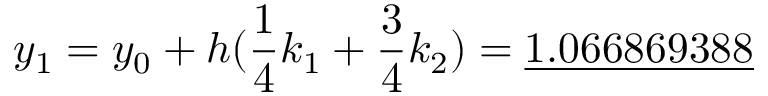
y _ { 1 } = y _ { 0 } + h ( { \frac { 1 } { 4 } } k _ { 1 } + { \frac { 3 } { 4 } } k _ { 2 } ) = { \underline { { 1 . 0 6 6 8 6 9 3 8 8 } } }